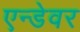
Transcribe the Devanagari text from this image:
एन्डेवर